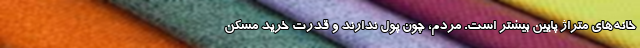
خانه‌های متراژ پایین بیشتر است. مردم، چون پول ندارند و قدرت خرید مسکن